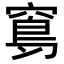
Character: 𥧈